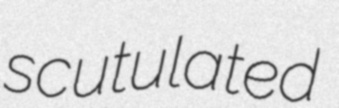
scutulated